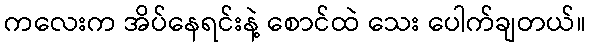
ကလေးက အိပ်နေရင်းနဲ့ စောင်ထဲ သေး ပေါက်ချတယ်။